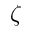
\zeta